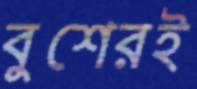
বুশেরই